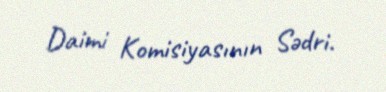
Daimi Komisiyasının Sədri.